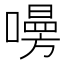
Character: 𠿐